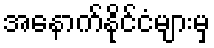
အနောက်နိုင်ငံများမှ